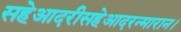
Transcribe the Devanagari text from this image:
सहेआदरीसहेआदरन्मारान।